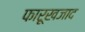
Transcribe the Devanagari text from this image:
फारूखजाद